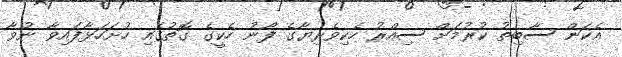
އެކަން ސާބިތު ކުރުމަށް ސިއްރު ހެކިވެރިޔާގެ ފޯނު ހެކީގެ ގޮތުގައި ހުށަހަޅާފައިވާ ނުވާ